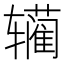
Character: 𰺣